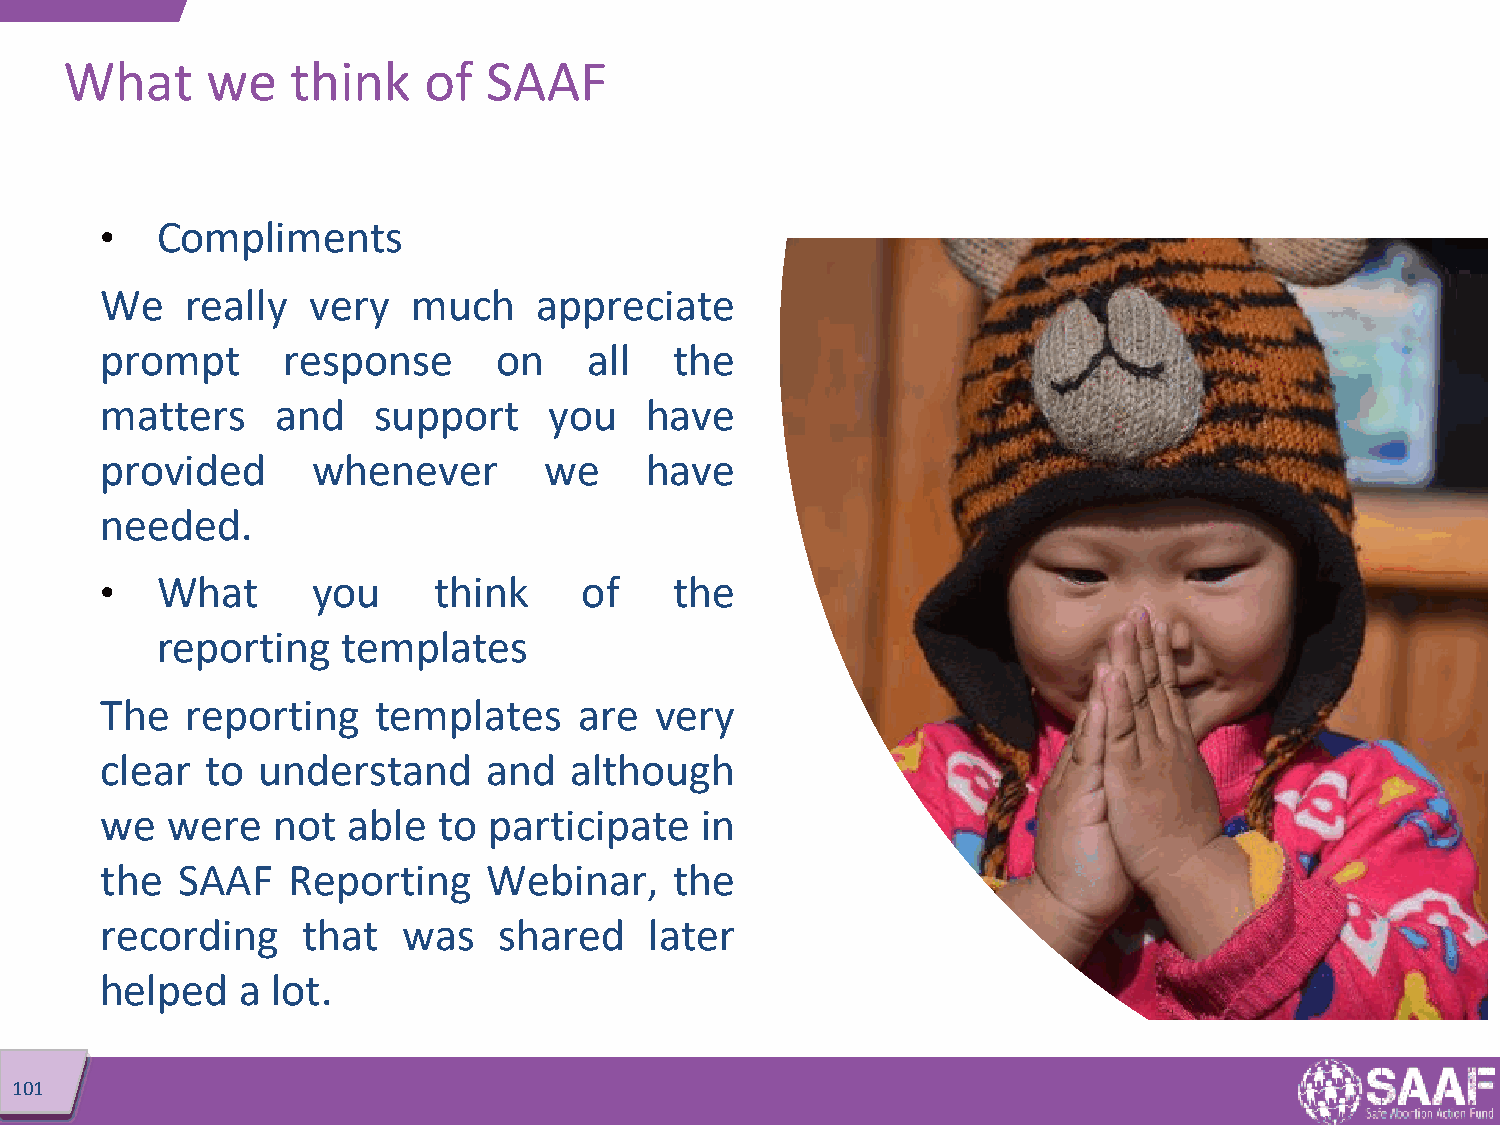
What      we   think    of  SAAF
 •  Compliments
 We   really  very   much    appreciate
 prompt      response      on    all   the
 matters    and    support    you    have
 provided      whenever       we     have
 needed.
 •  What       you     think    of     the
 reporting    templates
 The  reporting    templates    are  very
 clear  to understand     and   although
 we  were   not  able  to participate   in
 the  SAAF   Reporting    Webinar,     the
 recording    that   was   shared    later
 helped   a lot.
 101